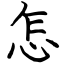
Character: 怎